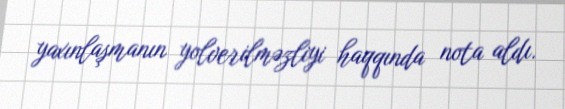
yaxınlaşmanın yolverilməzliyi haqqında nota aldı.